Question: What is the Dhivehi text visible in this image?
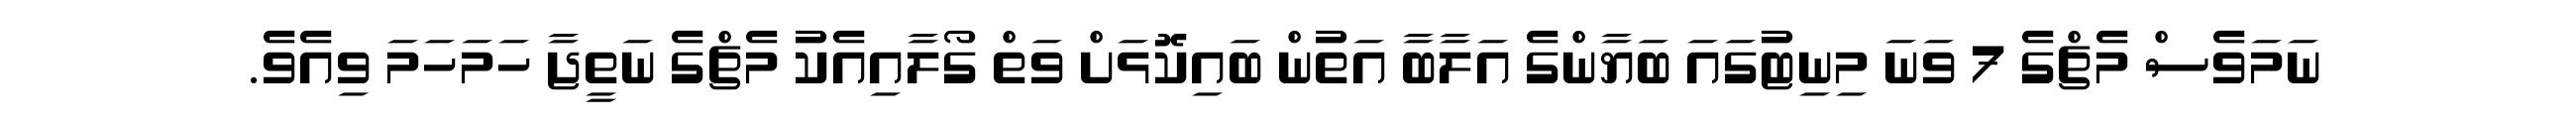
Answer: ނަމަވެސް މެޗްގެ 7 ވަނަ މިނިޓުގައަ ބަޔާންގެ އަލާބާ އަތުން ބައިކޮޅަށް ވަތް ގޯލާއިއެކު މެޗްގެ ނަތީޖާ ހަމަހަމަ ވިއެވެ.